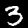
Digit: 3